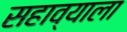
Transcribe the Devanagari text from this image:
सहाव्याला